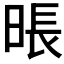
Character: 𰖎